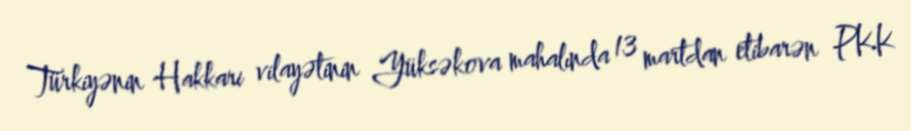
Türkiyənin Hakkari vilayətinin Yüksəkova mahalında 13 martdan etibarən PKK